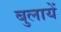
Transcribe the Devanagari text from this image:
बुलायें